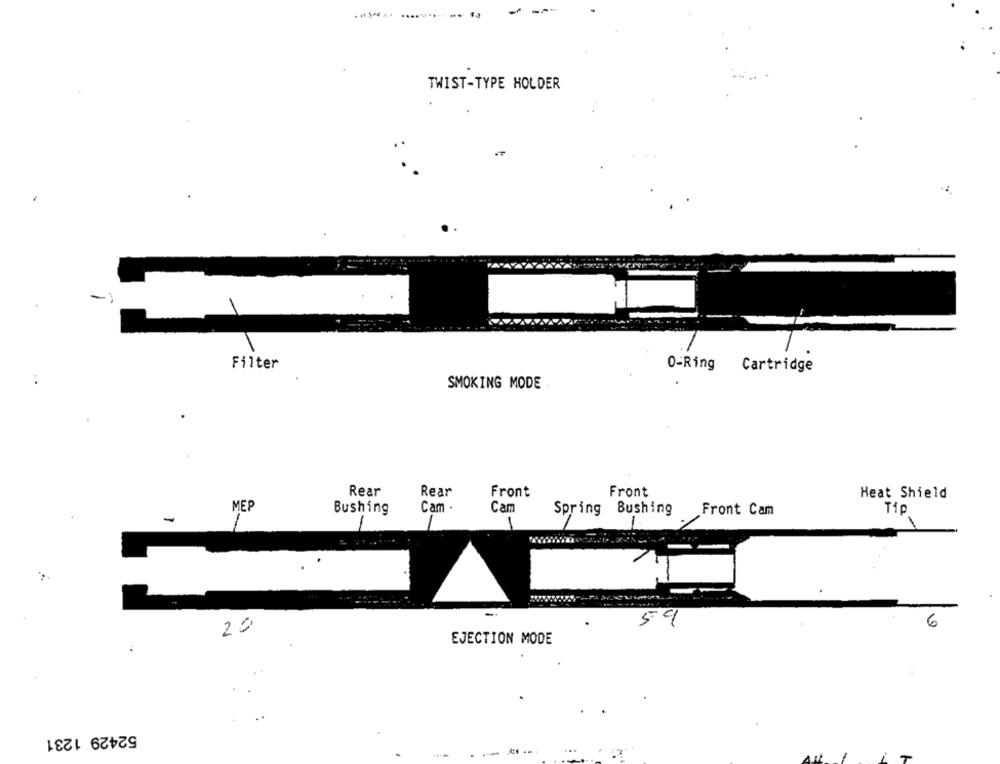
-
TWIST-TYPE HOLDER
Filter
O-Ring Cartridge
SMOKING MODE
Rear
Rear
Front
Front
Heat Shield
MEP
Bushing
Cam
Cam
Spring
Bushing
Front Cam
Tip
-
1
20
59
6
EJECTION MODE
52429 1231
--.